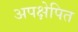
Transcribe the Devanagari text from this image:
अपक्षेपित